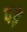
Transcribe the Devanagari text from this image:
पंड़े